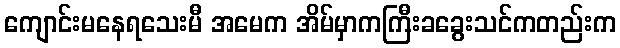
ကျောင်းမနေရသေးမီ အမေက အိမ်မှာကကြီးခခွေးသင်ကတည်းက